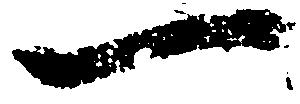
一